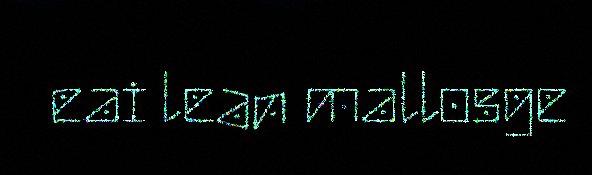
eai lean mallosge